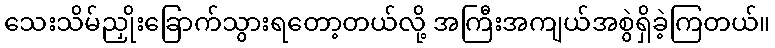
သေးသိမ်ညှိုးခြောက်သွားရတော့တယ်လို့ အကြီးအကျယ်အစွဲရှိခဲ့ကြတယ်။